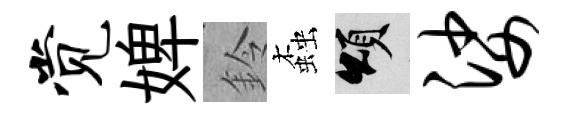
觉婢鈴螙頌娑